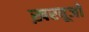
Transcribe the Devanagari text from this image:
ख़रबूजों